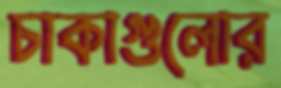
চাকাগুলোর